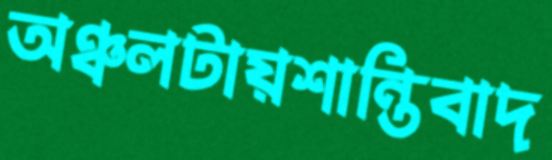
অঞ্চলটায়শান্তিবাদ